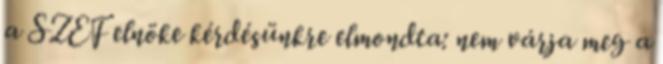
a SZEF elnöke kérdésünkre elmondta: nem várja meg a